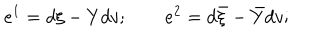
e ^ { 1 } = d \xi - Y d v ; \qquad e ^ { 2 } = d \bar { \xi } - \bar { Y } d v ;